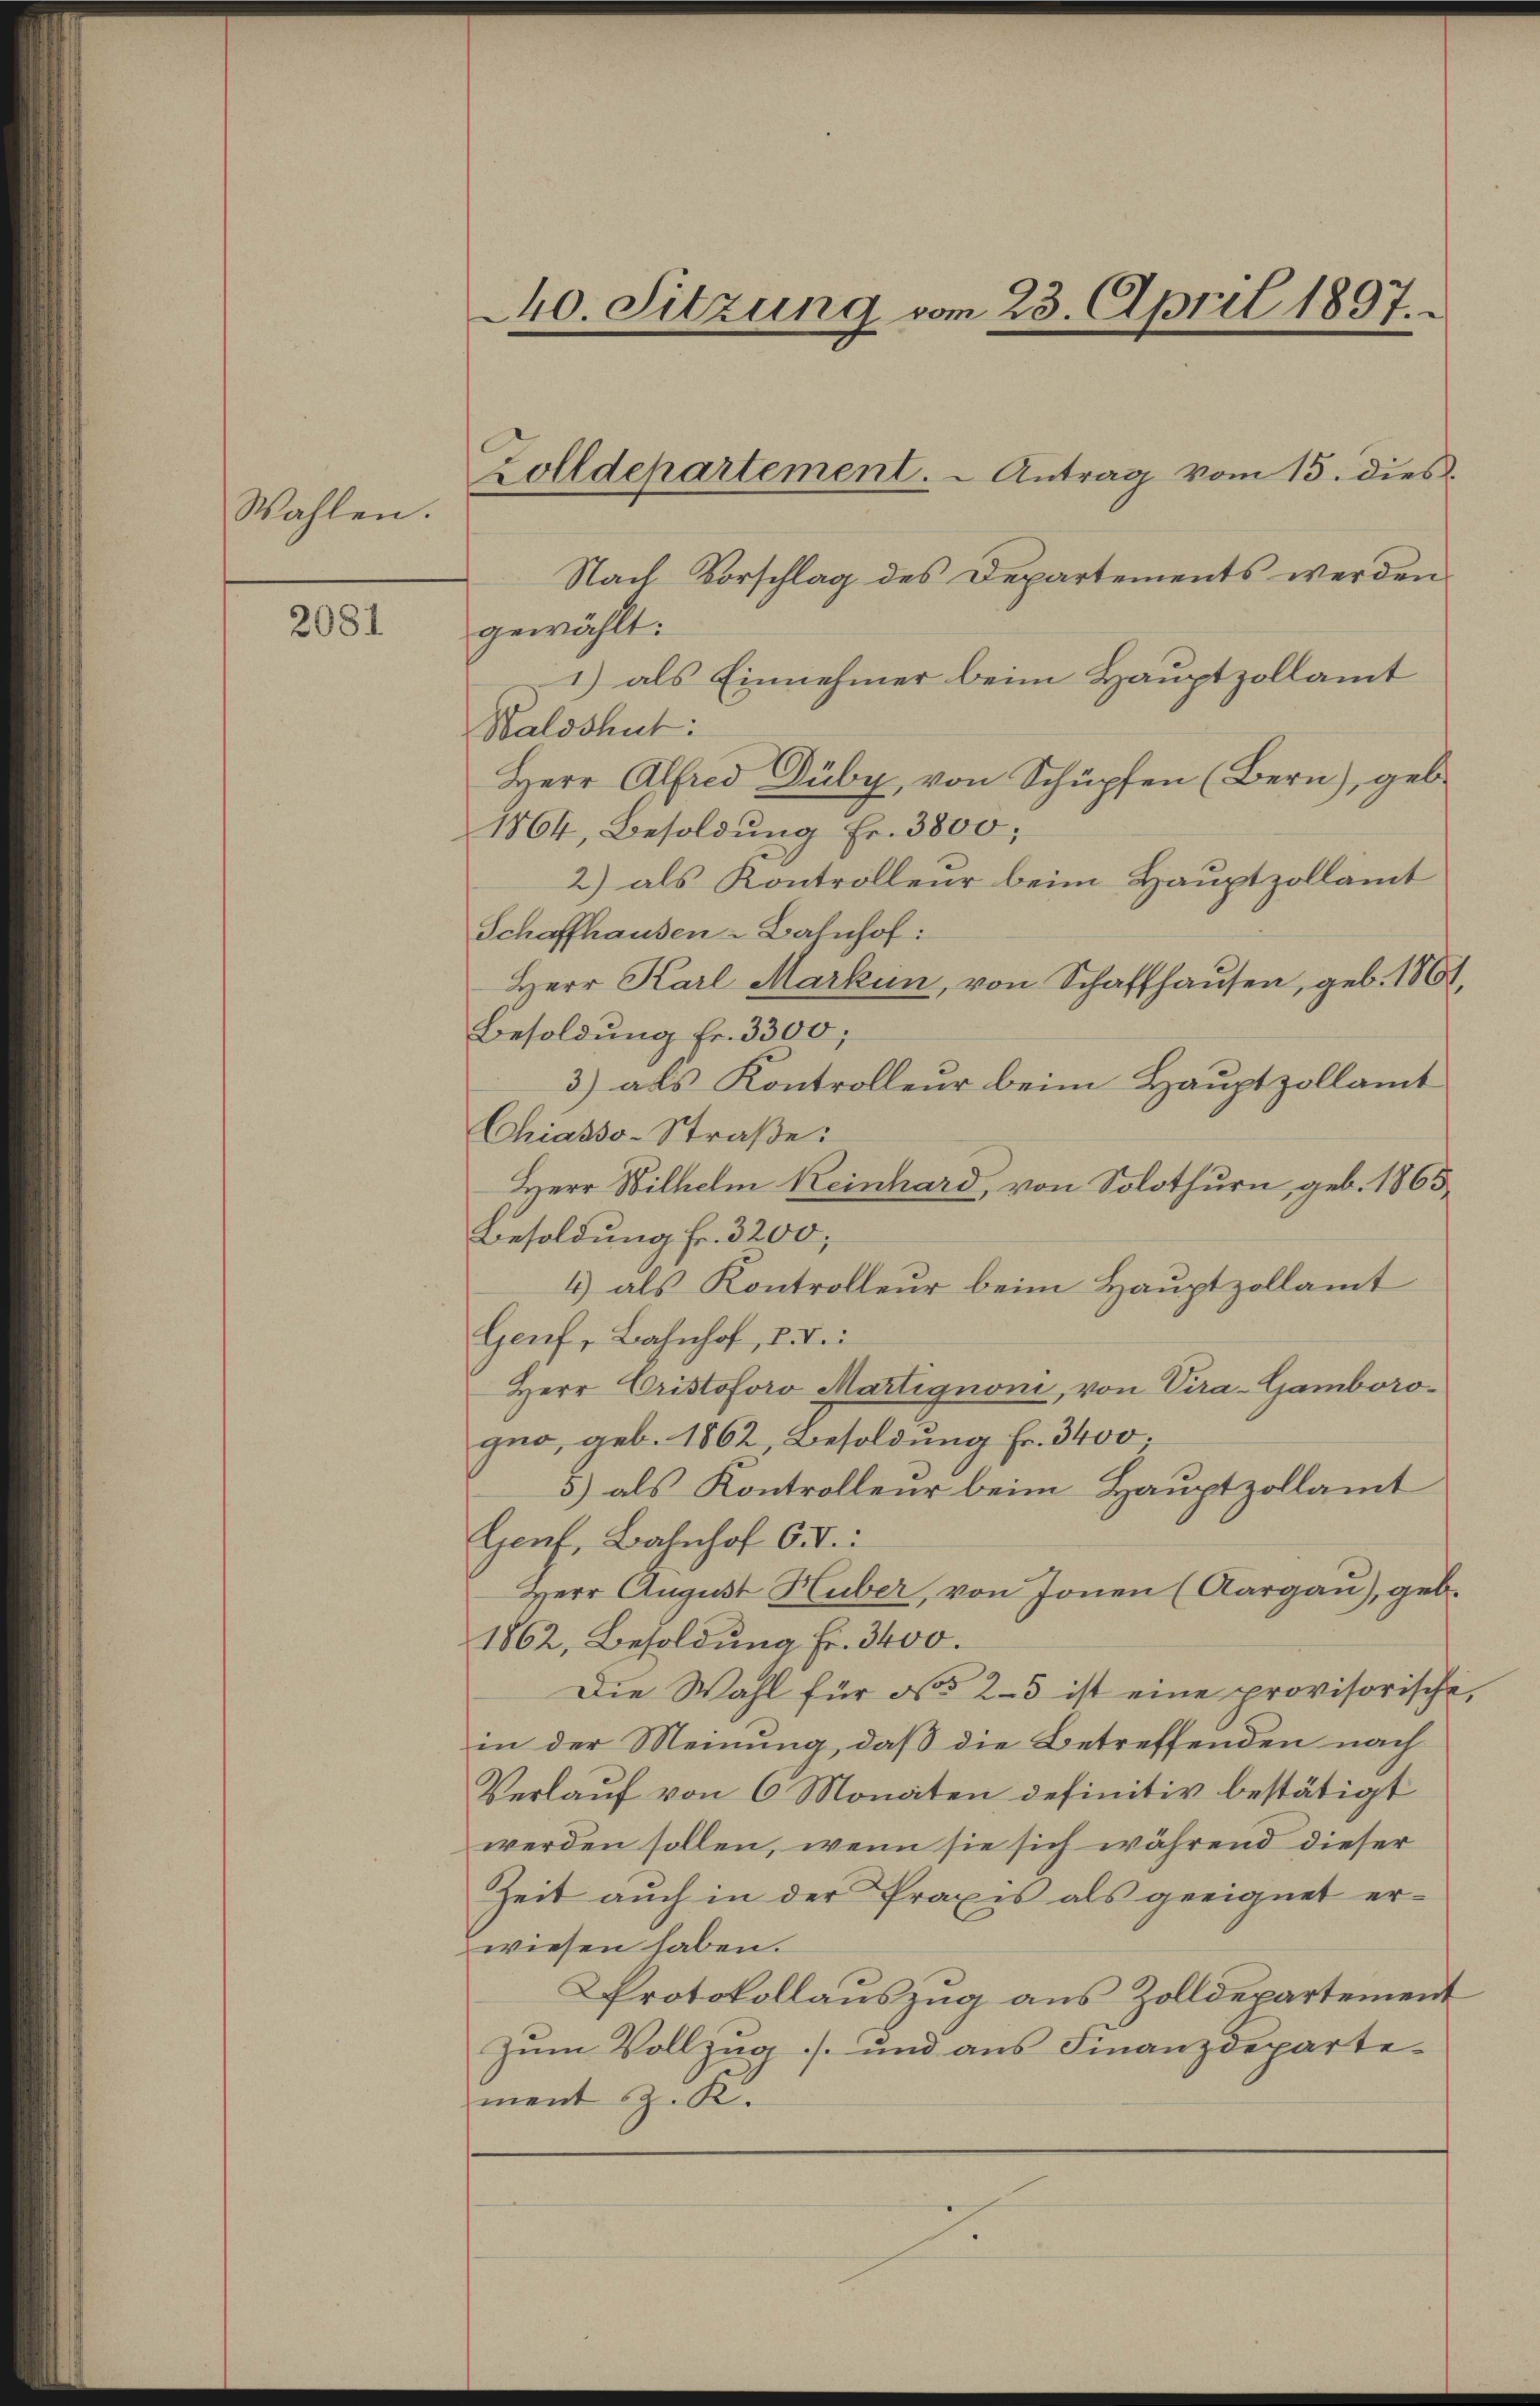
Wahlen.

2081

240. Sitzung vom 23. April 1897.

Zolldepartement. - Antrag vom 15. dies

Nach Vorschlag des Departements werden.
gewählt:
1) als Einnehmer beim Hauptzollamt
Waldshut:
Herr Alfred Düby, von Schüpfen (Bern), geb.
1864, Besoldung Fr. 3800;
2) als Kontrolleur beim Hauptzollamt
Schaffhausen-Bahnhof:
Herr Karl Marken, von Schaffhausen, geb. 1861,
Besoldung fr. 3300;
3) als Kontrolleur beim Hauptzollamt
Chiasso-Straße:
Herr Wilhelm Keinhard, von Solothurn, geb. 1865
Besoldung fr. 3200;
4) als Kontrolleur beim Hauptzollamt
Genf, Bahnhof, P. V.
Herr Cristoforo Martignoni, von Pira-Gamborogno, geb. 1862, Besoldung fr. 3400.
5) als Kontrolleur beim Hauptzollamt
Hanf, Bahnhof C.V.:
Herr August Huber, von Jonen (Aargau), geb.
1862, Besoldung Fr. 3400.
Die Wahl für No 2–3 ist eine provisorische,
in der Meinung, daß die Betreffenden nach
Verlauf von 6 Monaten definitiv bestätigt
werden sollen, wenn sie sich während dieser
Zeit auch in der Praxis als geeignet erwiesen haben.
Protokollauszug aus Zolldepartement
Zum Vollzug und aus Finanzdepartement z. K.
.